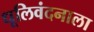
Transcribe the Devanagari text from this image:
धूलिवंदनाला